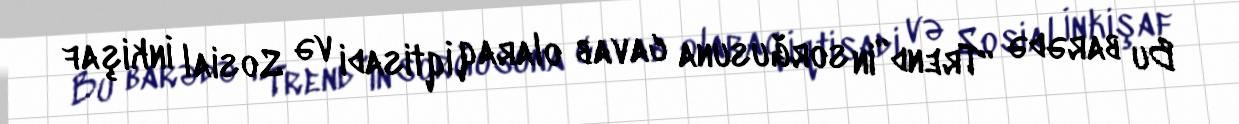
Bu barədə “Trend”in sorğusuna cavab olaraq İqtisadi və Sosial İnkişaf